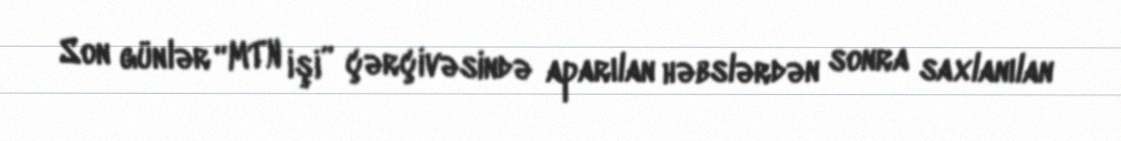
Son günlər “MTN işi” çərçivəsində aparılan həbslərdən sonra saxlanılan